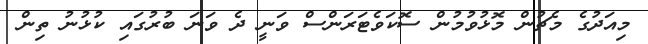
މިއަދުގެ މެޗުން މޮޅުވުމުން ސޮކަވެޓަރަންސް ވަނީ ދެ ވަނަ ބުރުގައި ކުޅުނު ތިން